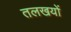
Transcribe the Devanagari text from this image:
तलखयों